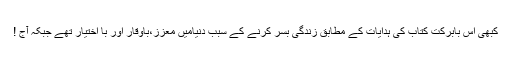
کبھی اس بابرکت کتاب کی ہدایات کے مطابق زندگی بسر کرنے کے سبب دنیامیں معزز،باوقار اور با اختیار تھے جبکہ آج !